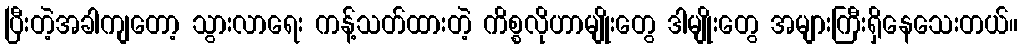
ပြီးတဲ့အခါကျတော့ သွားလာရေး ကန့်သတ်ထားတဲ့ ကိစ္စလိုဟာမျိုးတွေ ဒါမျိုးတွေ အများကြီးရှိနေသေးတယ်။